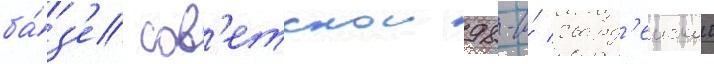
ба́з'е сов'етскои 98-и́ гвард'еискои